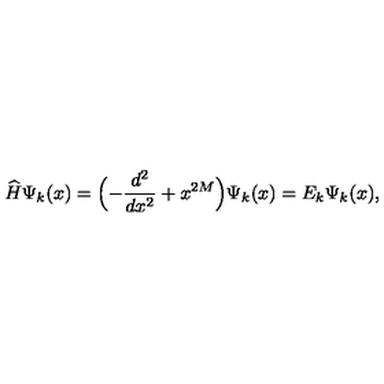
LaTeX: \widehat { H } \Psi _ { k } ( x ) = \Bigl ( - \frac { d ^ { 2 } } { d x ^ { 2 } } + x ^ { 2 M } \Bigr ) \Psi _ { k } ( x ) = E _ { k } \Psi _ { k } ( x ) ,